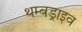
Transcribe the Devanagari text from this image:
थम्बड्राइव